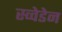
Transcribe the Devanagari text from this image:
स्व्वेडेन